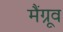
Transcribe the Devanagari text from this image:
मैंग्रूव